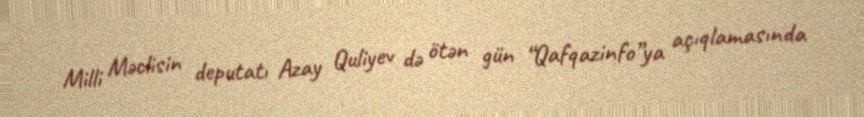
Milli Məclisin deputatı Azay Quliyev də ötən gün “Qafqazinfo”ya açıqlamasında